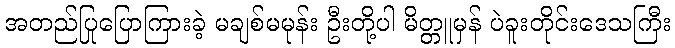
အတည်ပြုပြောကြားခဲ့ မချစ်မမုန်း ဦးတို့ပါ မိတ္တူမှန် ပဲခူးတိုင်းဒေသကြီး